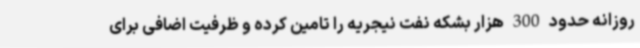
روزانه حدود 300 هزار بشکه نفت نیجریه را تامین کرده و ظرفیت اضافی برای